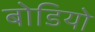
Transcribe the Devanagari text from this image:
बोडियो